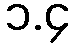
၁.၄